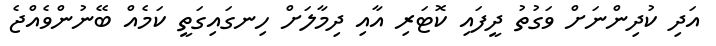
އަދި ކުދިންނަށް ވަގުތު ދީފައި ކޮޓަރި އާއި ދިމާލަށް ހިނގައިގަތީ ކަމެއް ބޭނުންވެއްޖެ